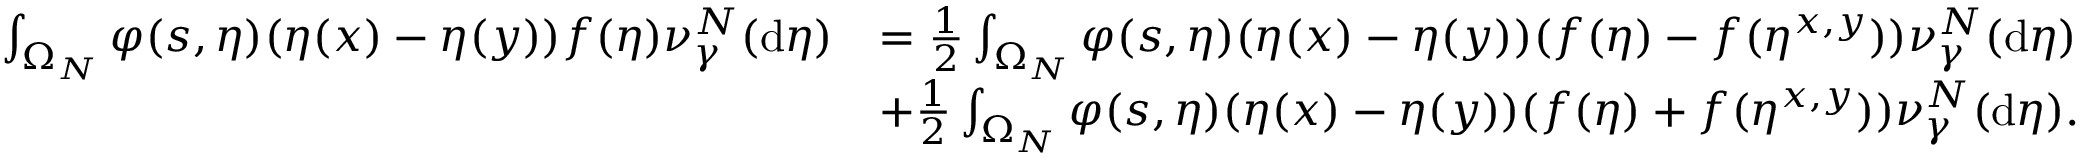
\begin{array} { r l } { \int _ { \Omega _ { N } } \varphi ( s , \eta ) ( \eta ( x ) - \eta ( y ) ) f ( \eta ) \nu _ { \gamma } ^ { N } ( \mathrm { d } \eta ) } & { = \frac 1 2 \int _ { \Omega _ { N } } \varphi ( s , \eta ) ( \eta ( x ) - \eta ( y ) ) ( f ( \eta ) - f ( \eta ^ { x , y } ) ) \nu _ { \gamma } ^ { N } ( \mathrm { d } \eta ) } \\ & { + \frac 1 2 \int _ { \Omega _ { N } } \varphi ( s , \eta ) ( \eta ( x ) - \eta ( y ) ) ( f ( \eta ) + f ( \eta ^ { x , y } ) ) \nu _ { \gamma } ^ { N } ( \mathrm { d } \eta ) . } \end{array}